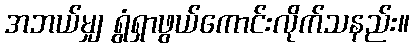
အဘယ်မျှ ရွံရှာဖွယ်ကောင်းလိုက်သနည်း။